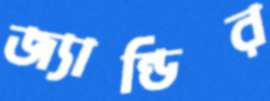
জ্যান্ডির